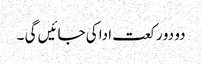
دو دو رکعت ادا کی جائیں گی ۔